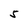
Character: 5